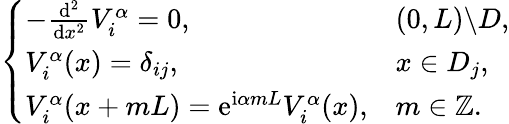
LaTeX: \left\{ \begin{array}{ll}{-\frac{\mathrm{d}^{2}}{\mathrm{d}x^{2}}V_{i}^{\alpha}=0,}&{(0,L)\backslash D,}\\ {V_{i}^{\alpha}(x)=\delta_{ij},}&{x\in D_{j},}\\ {V_{i}^{\alpha}(x+mL)=\mathrm{e}^{\mathrm{i}\alpha mL}V_{i}^{\alpha}(x),}&{m\in\mathbb{Z}.}\end{array}\right.